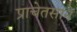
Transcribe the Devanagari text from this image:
प्राचेतसाने